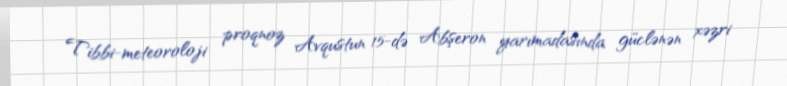
Tibbi-meteoroloji proqnoz Avqustun 15-də Abşeron yarımadasında güclənən xəzri